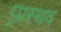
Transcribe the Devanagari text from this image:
प्र्प्रस्थव